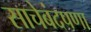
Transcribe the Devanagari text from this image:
साचेबंदपणा